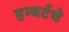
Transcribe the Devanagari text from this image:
हम्बर्टचे